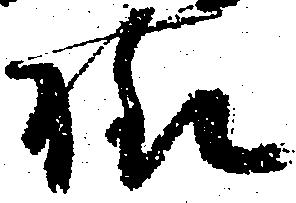
様